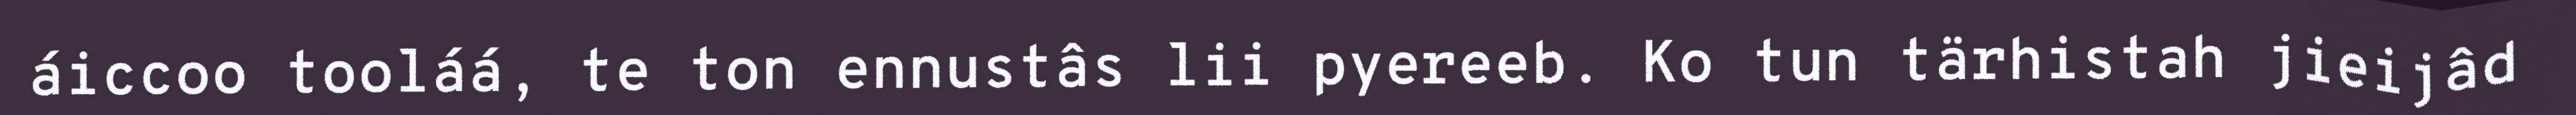
áiccoo tooláá, te ton ennustâs lii pyereeb. Ko tun tärhistah jieijâd